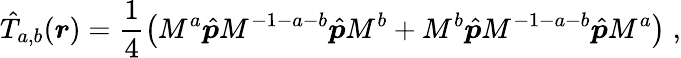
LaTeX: \hat{T}_{{a,b}}(\boldsymbol{r})=\frac{1}{4}\left(M^{a}\hat{\boldsymbol{p}}M^{-1-a-b}\hat{\boldsymbol{p}}M^{b}+M^{b}\hat{\boldsymbol{p}}M^{-1-a-b}\hat{\boldsymbol{p}}M^{a}\right)\; ,